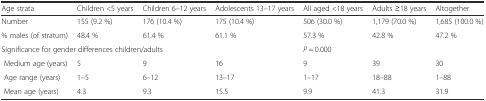
<table><thead><tr><td><b>Age strata</b></td><td><b>Children &lt;5 years</b></td><td><b>Children 6–12 years</b></td><td><b>Adolescents 13–17 years</b></td><td><b>All aged &lt;18 years</b></td><td><b>Adults ≥18 years</b></td><td><b>Altogether</b></td></tr></thead><tbody><tr><td>Number</td><td>155 (9.2 %)</td><td>176 (10.4 %)</td><td>175 (10.4 %)</td><td>506 (30.0 %)</td><td>1,179 (70.0 %)</td><td>1,685 (100.0 %)</td></tr><tr><td>% males (of stratum)</td><td>48.4 %</td><td>61.4 %</td><td>61.1 %</td><td>57.3 %</td><td>42.8 %</td><td>47.2 %</td></tr><tr><td colspan="4">Significance for gender differences children/adults</td><td colspan="2"><i>P</i> = 0.000</td><td></td></tr><tr><td> Medium age (years)</td><td>5</td><td>9</td><td>16</td><td>9</td><td>39</td><td>30</td></tr><tr><td> Age range (years)</td><td>1–5</td><td>6–12</td><td>13–17</td><td>1–17</td><td>18–88</td><td>1–88</td></tr><tr><td> Mean age (years)</td><td>4.3</td><td>9.3</td><td>15.5</td><td>9.9</td><td>41.3</td><td>31.9</td></tr></tbody></table>